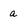
Character: a